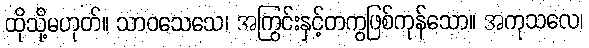
ထိုသို့မဟုတ်။ သာဝသေသေ၊ အကြွင်းနှင့်တကွဖြစ်ကုန်သော။ အကုသလေ၊